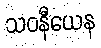
သဝနီယေန